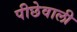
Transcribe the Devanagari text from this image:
पीछेवाली